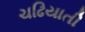
ચઢિયાતી